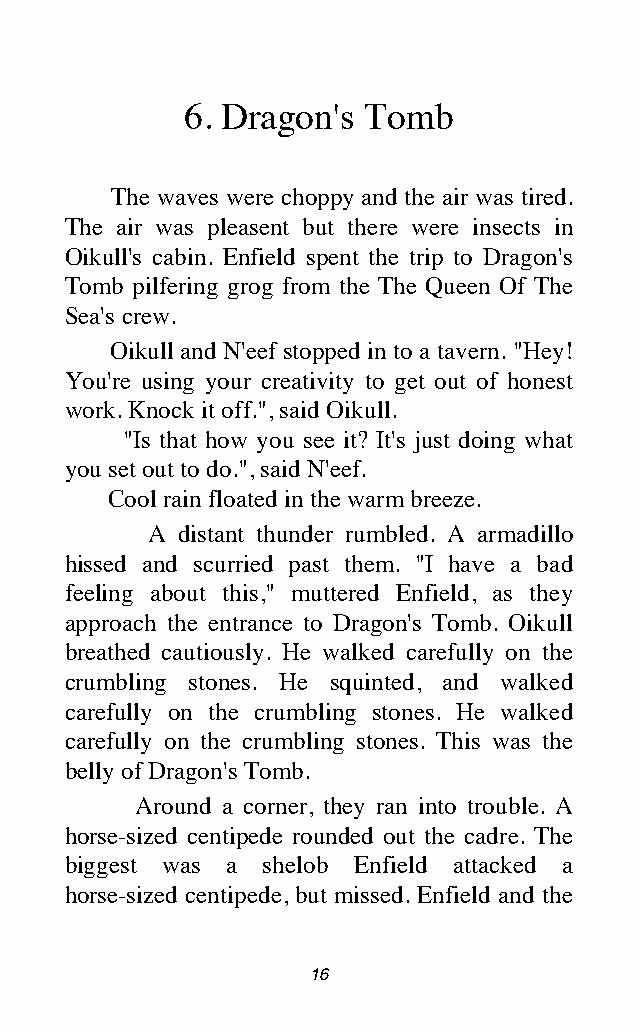
6. Dragon's Tomb
 The waves were choppy and the air was tired.
 The air was pleasent but there were insects in
 Oikull's cabin. Enfield spent the trip to Dragon's
 Tomb pilfering grog from the The Queen Of The
 Sea's crew.
 Oikull and N'eef stopped in to a tavern. "Hey!
 You're using your creativity to get out of honest
 work. Knock it off.", said Oikull.
 "Is that how you see it? It's just doing what
 you set out to do.", said N'eef.
 Cool rain floated in the warm breeze.
 A distant thunder rumbled. A armadillo
 hissed and scurried past them. "I have a bad
 feeling about this," muttered Enfield, as they
 approach the entrance to Dragon's Tomb. Oikull
 breathed cautiously. He walked carefully on the
 crumbling stones. He squinted, and walked
 carefully on the crumbling stones. He walked
 carefully on the crumbling stones. This was the
 belly of Dragon's Tomb.
 Around a corner, they ran into trouble. A
 horse-sized centipede rounded out the cadre. The
 biggest was a shelob Enfield attacked a
 horse-sized centipede, but missed. Enfield and the
 16